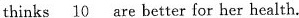
thinks \underline{10} are better for her health.